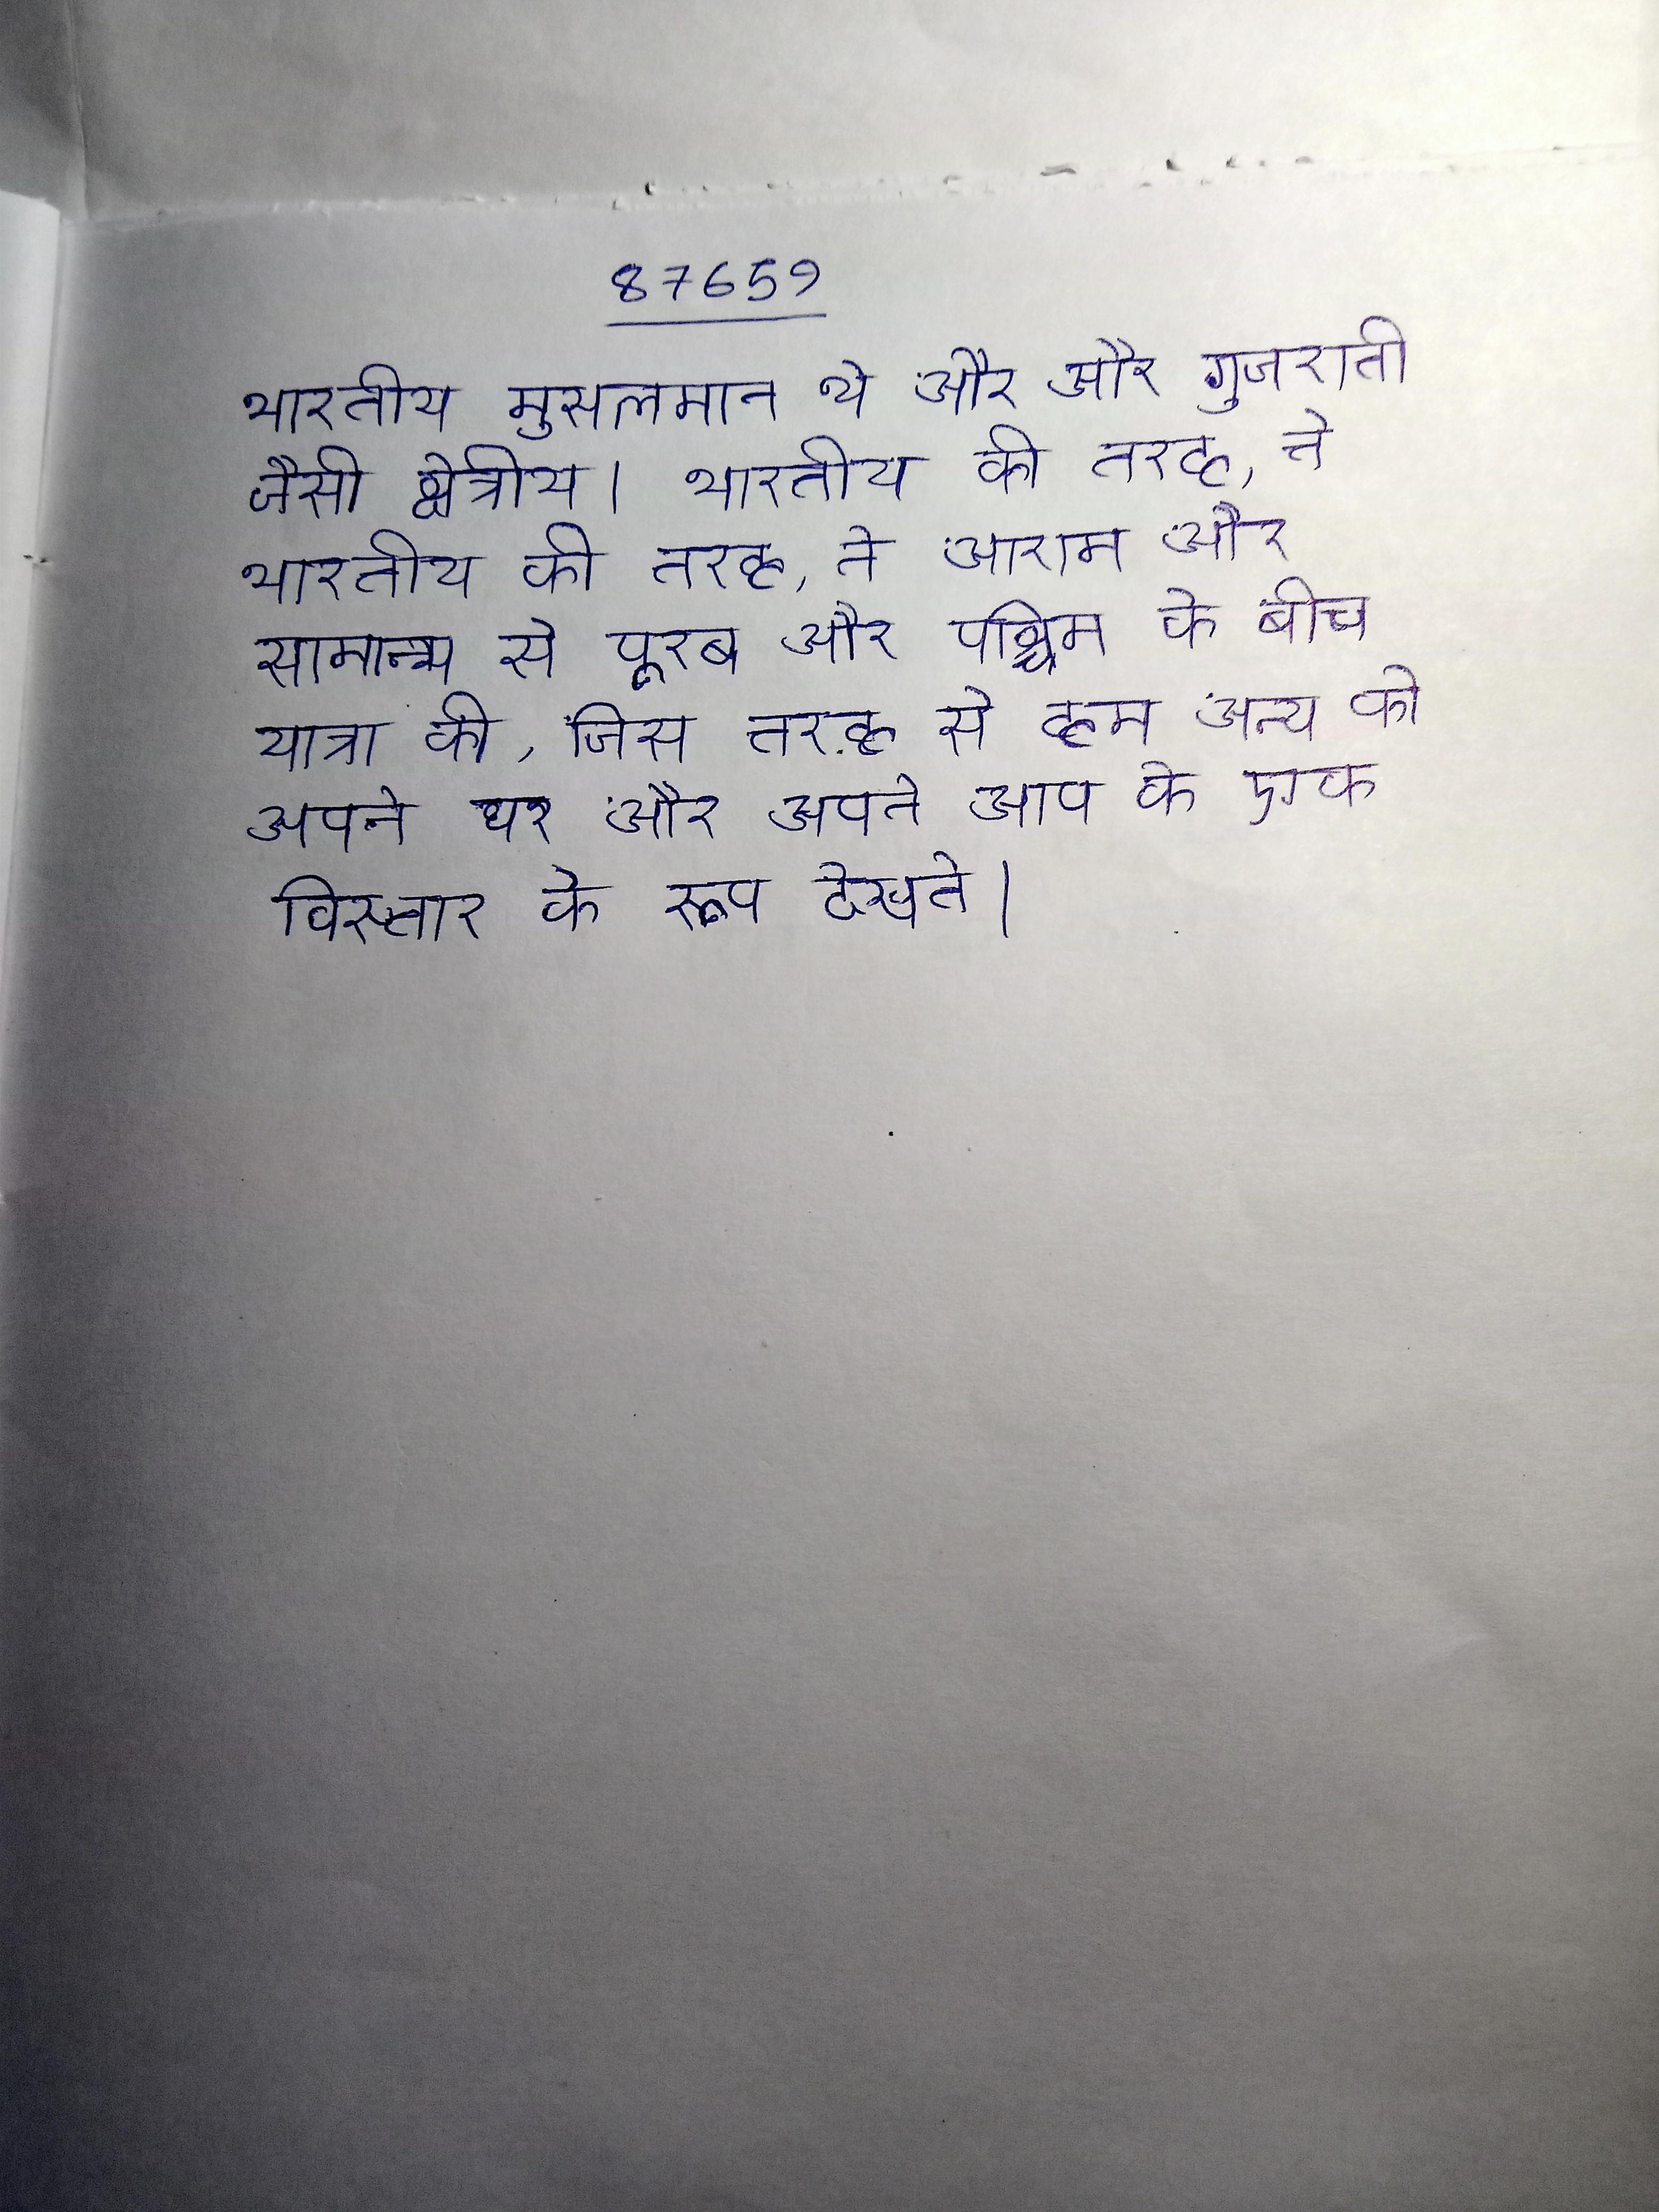
भारतीय मुसलमान थे और और गुजराती जैसी क्षेत्रीय । भारतीय की तरह, ने आराम और सामान्य से पूरब और पश्चिम के बीच यात्रा की, जिस तरह से हम अन्य को अपने घर और अपने आप के एक विस्तार के रूप देखते ।